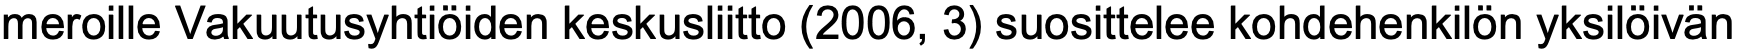
meroille Vakuutusyhtiöiden keskusliitto (2006, 3) suosittelee kohdehenkilön yksilöivän